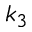
k _ { 3 }